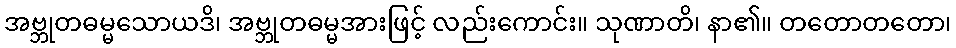
အဗ္ဘုတဓမ္မသောယဒိ၊ အဗ္ဘုတဓမ္မအားဖြင့် လည်းကောင်း။ သုဏာတိ၊ နာ၏။ တတောတတော၊